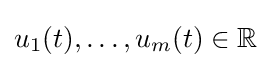
u_{1}(t),\ldots ,u_{m}(t)\in \mathbb {R}